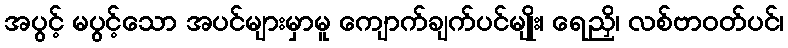
အပွင့် မပွင့်သော အပင်များမှာမူ ကျောက်ချက်ပင်မျိုး၊ ရေညှိ၊ လစ်ဗာဝတ်ပင်၊